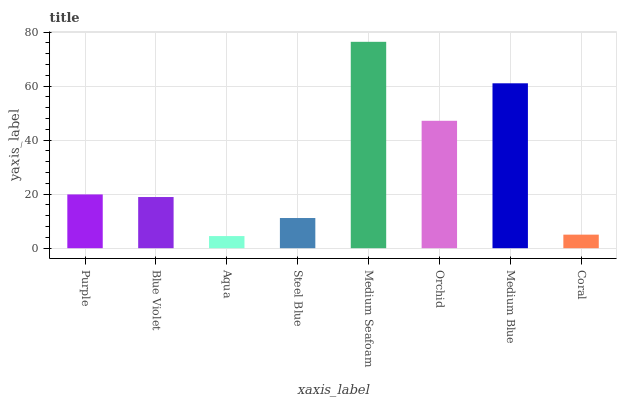
| xaxis_label | bars |
 | --- | --- |
 | Purple | 19.9 |
 | Blue Violet | 19 |
 | Aqua | 4.49 |
 | Steel Blue | 11.2 |
 | Medium Seafoam | 76.4 |
 | Orchid | 47.2 |
 | Medium Blue | 61.1 |
 | Coral | 5.02 |